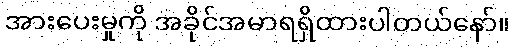
အားပေးမှုကို အခိုင်အမာရရှိထားပါတယ်နော်။